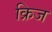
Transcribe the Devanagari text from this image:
क्रिज